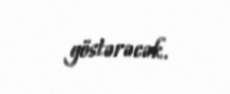
göstərəcək.